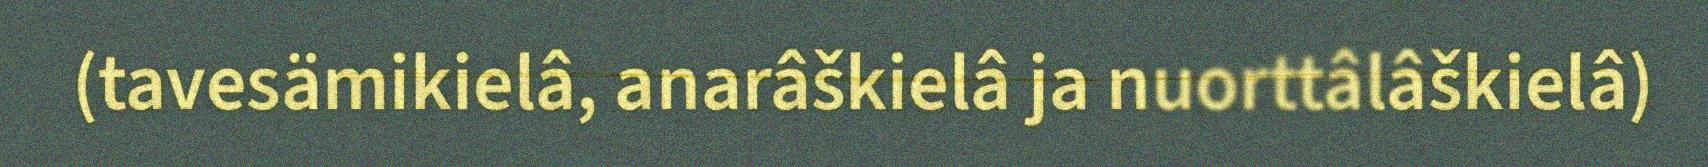
(tavesämikielâ, anarâškielâ ja nuorttâlâškielâ)